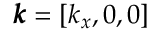
\pmb { k } = [ k _ { x } , 0 , 0 ]